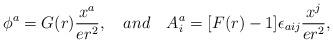
LaTeX: \begin{align*}\phi^a=G(r) \frac{x^a}{er^2}, \ \ \ and \ \ \ A^a_i =[ F(r) -1 ] \epsilon_{aij} \frac{x^j}{er^2},\end{align*}